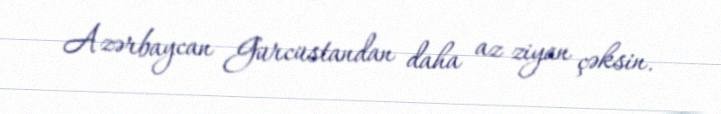
Azərbaycan Gürcüstandan daha az ziyan çəksin.